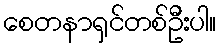
စေတနာရှင်တစ်ဦးပါ။